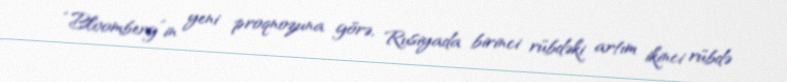
“Bloomberg”in yeni proqnozuna görə, Rusiyada birinci rübdəki artım ikinci rübdə